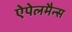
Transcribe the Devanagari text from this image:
ऐपेलमैन्स